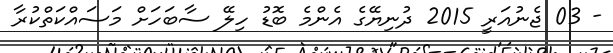
- 03 ޖެނުއަރީ 2015 ދުނިޔޭގެ އެންމެ ބޮޑު ހިލޭ ސާބަހަށް މަސައްކަތްކުރާ